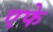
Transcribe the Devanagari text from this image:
एफे